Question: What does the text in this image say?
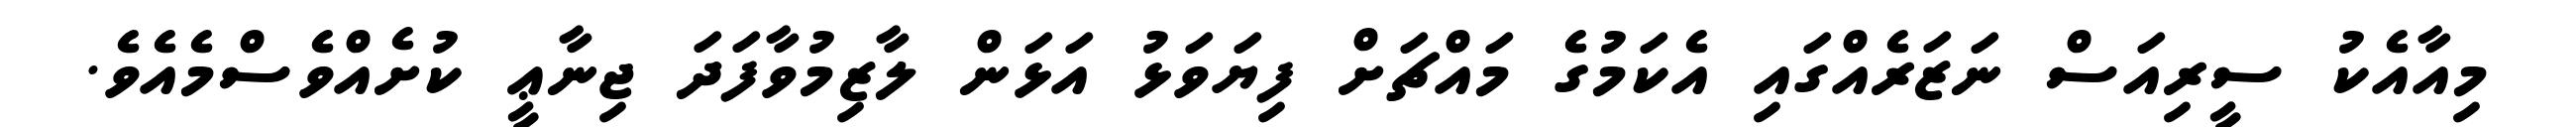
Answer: މިއާއެކު ސީރިއަސް ނަޒަރެއްގައި އެކަމުގެ މައްޗަށް ފިޔަވަޅު އަޅަން ލާޒިމުވާފަދަ ޖިނާޢީ ކުށެއްވެސްމެއެވެ.